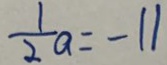
\frac { 1 } { 2 } a = - 1 1